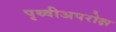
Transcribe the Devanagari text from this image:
पृथ्वीअपरोक्ष